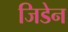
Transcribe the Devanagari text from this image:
जिडेन